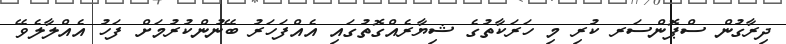
ދިރާގުން ސްޕޮންސަރ ކުރި މި ހަރަކާތުގެ ޝިޔާރެއްގޮތުގައި އެއްފަހަރު ބޭނުންކުރުމަށް ފަހު އެއްލާލެވޭ